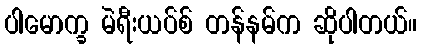
ပါမောက္ခ မဲရီးယပ်စ် တန်နမ်က ဆိုပါတယ်။